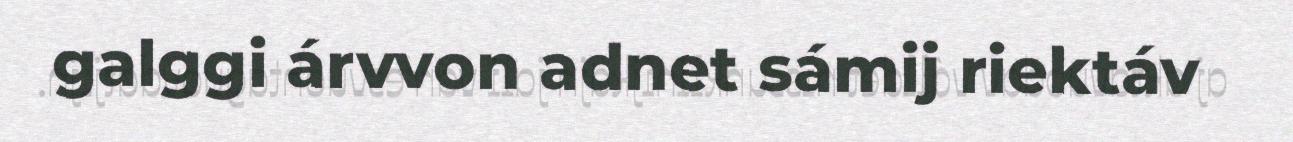
galggi árvvon adnet sámij riektáv